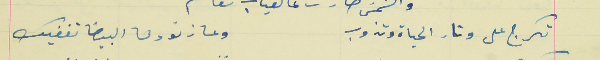
تكرج على وتار الحياة وتذوب                                  وعا زنودها البيضا تغفيك